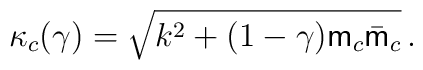
\kappa_{c}(\gamma)=\sqrt{k^{2}+(1-\gamma){\sf m}_c\bar{\sf m}_c}\,.